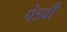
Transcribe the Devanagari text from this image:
पेडवी